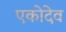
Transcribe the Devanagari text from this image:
एकोदेव